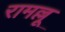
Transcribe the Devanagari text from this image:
रामल्लू